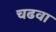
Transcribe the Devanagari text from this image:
चढवा